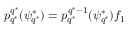
p _ { q ^ { * } } ^ { q ^ { * } } ( \psi _ { q ^ { * } } ^ { * } ) = p _ { q ^ { * } } ^ { q ^ { * } - 1 } ( \psi _ { q ^ { * } } ^ { * } ) f _ { 1 }